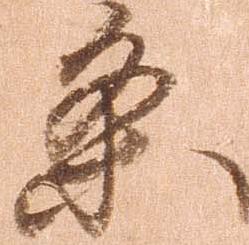
条